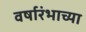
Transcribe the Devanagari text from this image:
वर्षारंभाच्या